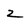
Character: 2